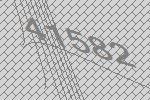
41582